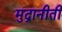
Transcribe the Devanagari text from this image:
मुद्रानीती